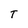
Character: T